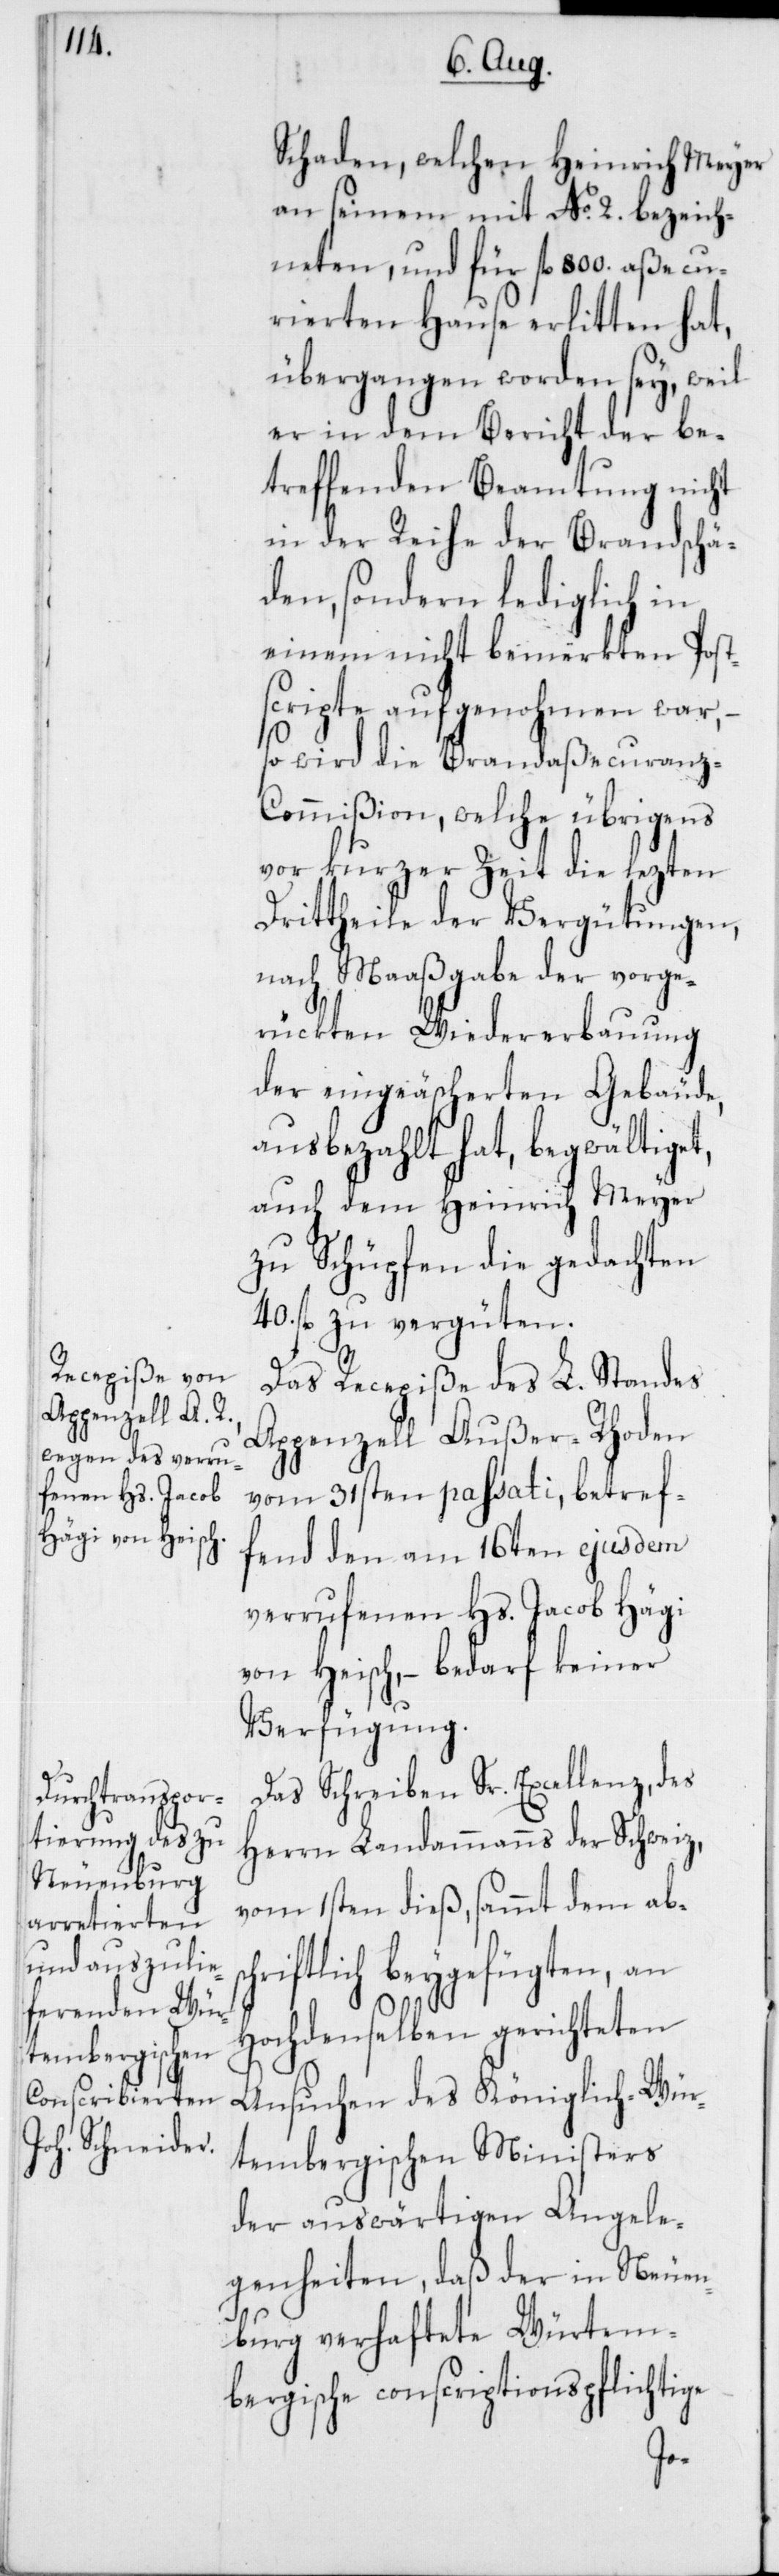
Schaden, welchen Heinrich Meyer
an seinem mit No. 2 bezeich¬
neten, und für fl. 800. aßecu¬
rierten Hause erlitten hat,
übergangen worden sey, weil
er in dem Bericht der be¬
treffenden Beamtung nicht
in der Reihe der Brandschä¬
den, sondern lediglich in
einem nicht bemerkten Posts¬
cripte aufgenohmen war,
so wird die Brandaßecuran¬
z-Commißion, welche übrigens
vor kurzer Zeit die lezten
Drittheile der Vergütungen,
nach Maaßgabe der vorge¬
rückten Wiedererbauung
der eingeäscherten Gebäude,
ausbezahlt hat, begwältiget,
auch dem Heinrich Meyer
zu Schüpfen die gedachten
40. fl. zu vergüten.
Das Recepiße des L. Standes
Appenzell Außer-Rhoden
vom 31sten passati, betref¬
fend den am 16ten ejusdem
verrufenen Hs. Jacob Hägi
von Heisch, – bedarf keiner
Verfügung.
Das Schreiben Sr. Excellenz, des
Herrn Landammanns der Schweiz,
vom 1sten dieß, sammt dem ab¬
riftlich beygefügten, an
Hochdenselben gerichteten
Ansuchen des Königlich-Wür¬
tembergischen Ministers
der auswärtigen Angele¬
genheiten, daß der in Neuen¬
burg verhaftete würtem¬
bergische conscriptionspflichtige
sch¬